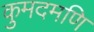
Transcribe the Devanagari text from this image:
कुमदमणि